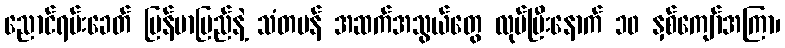
ညောင်ရမ်းခေတ် မြန်မာပြည်နဲ့ သံတမန် အဆက်အသွယ်တွေ လုပ်ပြီးနောက် ၁၀ နှစ်ကျော်အကြာ၊